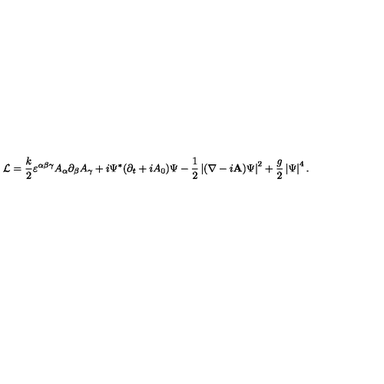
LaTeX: { \cal L } = { \frac { k } { 2 } } \varepsilon ^ { \alpha \beta \gamma } A _ { \alpha } \partial _ { \beta } A _ { \gamma } + i \Psi ^ { \ast } ( \partial _ { t } + i A _ { 0 } ) \Psi - { \frac { 1 } { 2 } } \left| ( \nabla - i { \bf A } ) \Psi \right| ^ { 2 } + { \frac { g } { 2 } } \left| \Psi \right| ^ { 4 } .